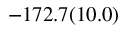
- 1 7 2 . 7 ( 1 0 . 0 )